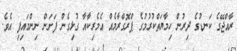
ރާއްޖޭގެ ކަނޑުގެ ދިރުން ހިމާޔަތްކުރުމުގެ ޕްރޮގްރާމެއް އެމެރިކާއާ ގުޅިގެން ފަށަން ނިންމައިފި އެވެ.